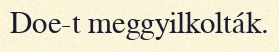
Doe-t meggyilkolták.